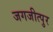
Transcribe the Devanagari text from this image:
जगजीत्पुर